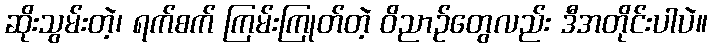
ဆိုးသွမ်းတဲ့၊ ရက်စက် ကြမ်းကြုတ်တဲ့ ဝိညာဉ်တွေလည်း ဒီအတိုင်းပါပဲ။